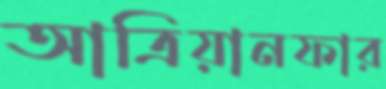
আত্রিয়ানফার